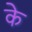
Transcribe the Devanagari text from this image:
के